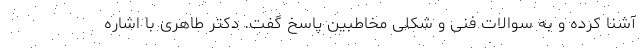
آشنا کرده و به سوالات فنی و شکلی مخاطبین پاسخ گفت. دکتر طاهری با اشاره